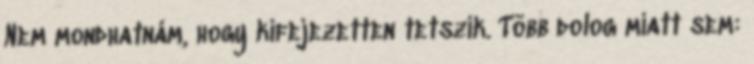
Nem mondhatnám, hogy kifejezetten tetszik. Több dolog miatt sem: